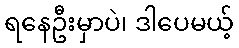
ရနေဦးမှာပဲ၊ ဒါပေမယ့်